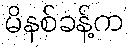
မိနစ်ခန့်က